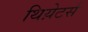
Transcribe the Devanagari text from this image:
थिय़ेटर्स